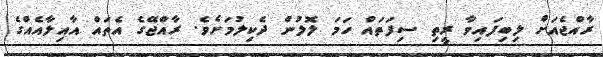
ރާއްޖެއަށް ލިބިފައިވާ ރީތި ސިފަތައް ހަމަ ލޮލުން ދެކިލުމަށެވެ. ރާއްޖޭގެ އެތައް އާއިލާއެއްގެ